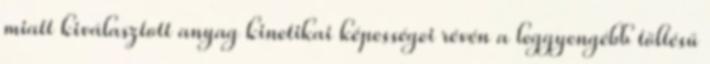
miatt kiválasztott anyag kinetikai képességei révén a leggyengébb töltésű